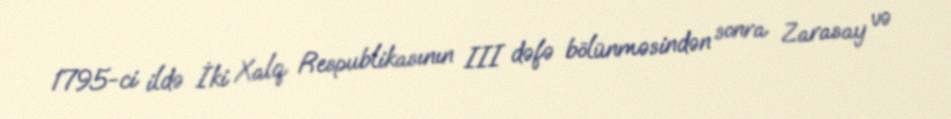
1795-ci ildə İki Xalq Respublikasının III dəfə bölünməsindən sonra Zarasay və